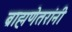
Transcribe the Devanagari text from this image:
ब्राह्मणेतरांनी